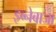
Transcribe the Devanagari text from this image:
इब्नेबाजा